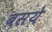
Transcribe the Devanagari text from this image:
बसये